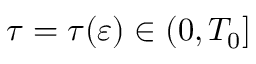
\tau = \tau ( \ensuremath { \varepsilon } ) \in ( 0 , T _ { 0 } ]